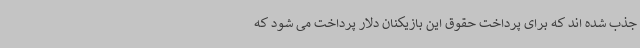
جذب شده اند که برای پرداخت حقوق این بازیکنان دلار پرداخت می شود که